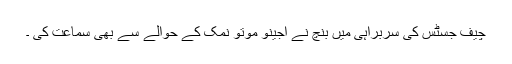
چیف جسٹس کی سربراہی میں بنچ نے اجینو موتو نمک کے حوالے سے بھی سماعت کی ۔